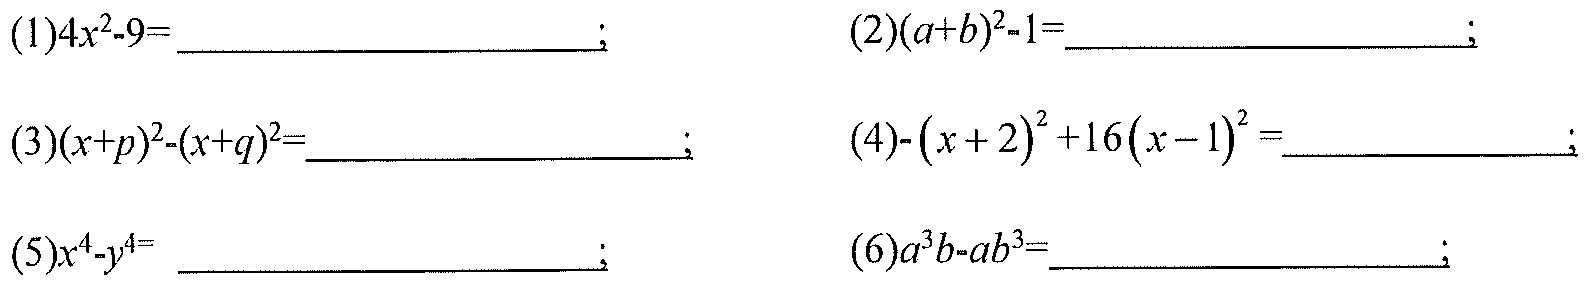
\((1)4x^{2}-9=\underline{\quad\quad};\quad(2)(a + b)^{2}-1=\underline{\quad\quad};\)
\((3)(x + p)^{2}-(x + q)^{2}=\underline{\quad\quad};\quad(4)-(x + 2)^{2}+16(x - 1)^{2}=\underline{\quad\quad};\)
\((5)x^{4}-y^{4}=\underline{\quad\quad};\quad(6)a^{3}b - ab^{3}=\underline{\quad\quad};\)